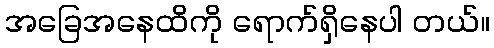
အခြေအနေထိကို ရောက်ရှိနေပါ တယ်။